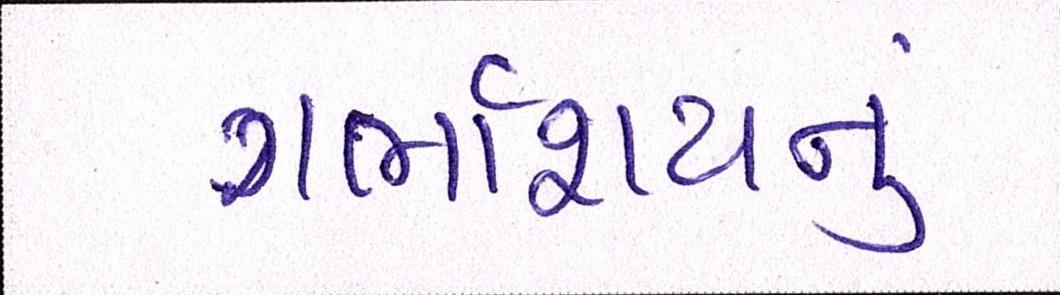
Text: ગર્ભાશયનું